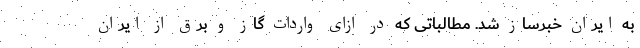
به ایران خبرساز شد. مطالباتی که در ازای واردات گاز و برق از ایران